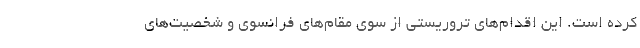
کرده است. این اقدام‌های تروریستی از سوی مقام‌های فرانسوی و شخصیت‌های